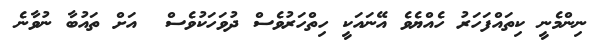
ނިންމެނީ ކިތައްފަހަރު ހެއްޔެވެ އޭނައަކީ ހިތްހަރުވެސް ދުވަހަކުވެސް  އަށް ތައުބާ ނުވާނެ